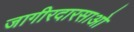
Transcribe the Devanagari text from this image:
जागीरदारसाओ